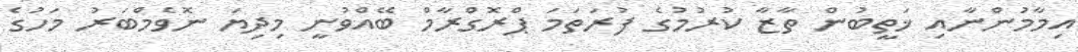
އިމާމުންނާއި ޚަތީބުން ތާޒާ ކުރުމުގެ ފުރަތަމަ ޕްރޮގްރާމް ބޭއްވުނީ މިދިޔަ ނޮވެމްބަރު މަހުގެ